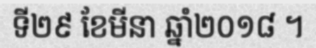
ទី២៩ ខែមីនា ឆ្នាំ២០១៨ ។